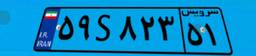
۵۹S۸۲۳۵۱